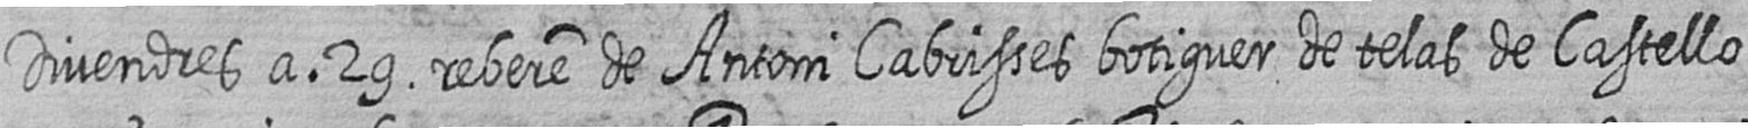
Divendres a 29 rebere de Antoni Cabrisses botiguer de telas de Castello